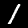
Digit: 1